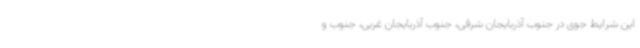
این شرایط جوی در جنوب آذربایجان شرقی، جنوب آذربایجان غربی، جنوب و